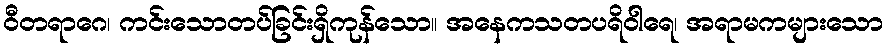
ဝီတရာဂေ၊ ကင်းသောတပ်ခြင်းရှိကုန်သော။ အနေကသတပရိဝါရေ၊ အရာမကများသော